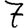
Digit: 7